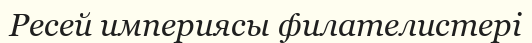
Ресей империясы филателистері